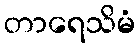
တာရေသိမံ